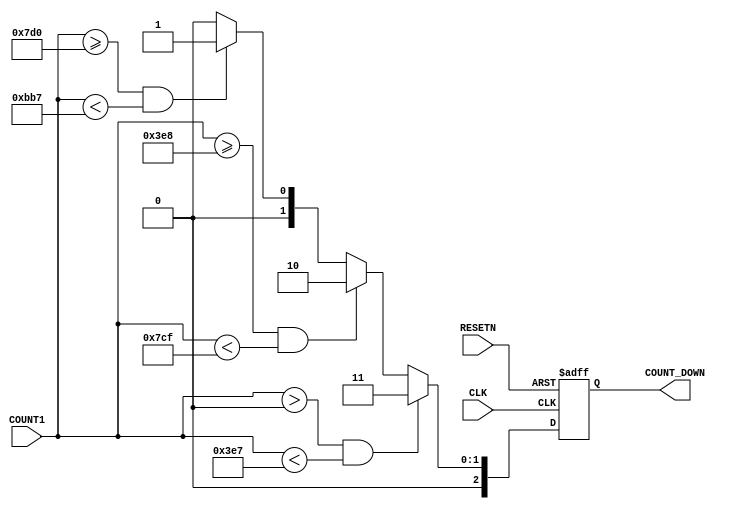
module COUNTDOWN_game2(COUNT1,COUNT_DOWN,CLK,RESETN);

input CLK,RESETN;
input [31:0]COUNT1;
output [2:0]COUNT_DOWN;

reg [2:0]COUNT_DOWN;


always @(negedge RESETN or posedge CLK)
begin 
	if(RESETN ==1'b0)
		COUNT_DOWN = 0;
	else
		 begin
						if( COUNT1>0 && COUNT1 <999)  
									COUNT_DOWN = 3'b011; 		//3					
						else if( COUNT1>=1000 && COUNT1 <1999)  
									COUNT_DOWN = 3'b010; 	//2					
						else if( COUNT1>=2000 && COUNT1 <2999)  
										COUNT_DOWN = 3'b001; //1					
						else 
									COUNT_DOWN = 0;
		end
end


endmodule